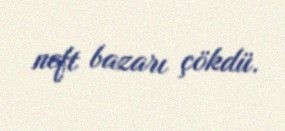
neft bazarı çökdü.